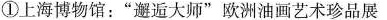
②上海中医药博物馆：”闻香识药”中药课程